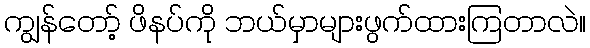
ကျွန်တော့် ဖိနပ်ကို ဘယ်မှာများဖွက်ထားကြတာလဲ။